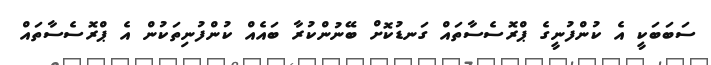
ސަބަބަކީ އެ ކުންފުނީގެ ޕްރޮސެސާތައް ގަނޑުކޮށް ބޭނުންކުރާ ބައެއް ކުންފުނިތަކުން އެ ޕްރޮސެސާތައް